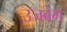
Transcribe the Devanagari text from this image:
उजबेग